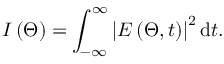
I \left( \mit \Theta \right) = \int _ { - \infty } ^ { \infty } \left| E \left( \mit \Theta , t \right) \right| ^ { 2 } \mathrm { d } t .